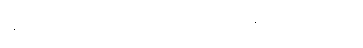
ချီးမြှောက်အပ်-လေးရပ် ဝိနည်းတည်း။